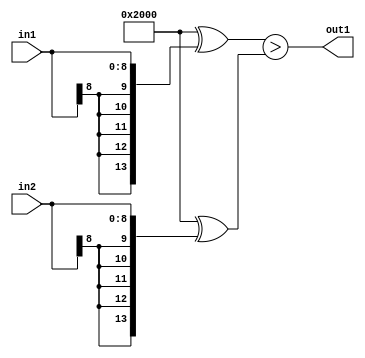
`timescale 1ps / 1ps
/*****************************************************************************
    Verilog RTL Description
    
    
    Created by: Stratus DpOpt 2019.1.01 
*******************************************************************************/

module dut_LessThan_9Sx9S_1U_4 (
	in2,
	in1,
	out1
	); /* architecture "behavioural" */ 
input [8:0] in2,
	in1;
output  out1;
wire  asc001;

assign asc001 = ((14'B10000000000000 ^ {{5{in1[8]}}, in1})>(14'B10000000000000 ^ {{5{in2[8]}}, in2}));

assign out1 = asc001;
endmodule

/* CADENCE  ubb4Sgo= : u9/ySgnWtBlWxVPRXgAZ4Og= ** DO NOT EDIT THIS LINE ******/